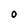
Character: 0